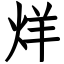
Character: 烊